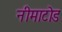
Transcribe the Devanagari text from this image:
नीमाटोड